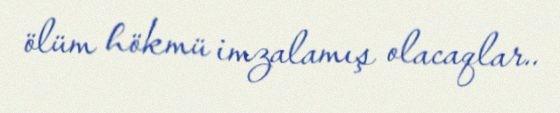
ölüm hökmü imzalamış olacaqlar..